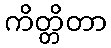
ကိတ္တိတာ